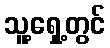
သူ့ရှေ့တွင်